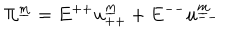
\Pi ^ { \underline { { m } } } = E ^ { + + } u _ { + + } ^ { \underline { { m } } } + E ^ { -- } u _ { -- } ^ { \underline { { m } } }